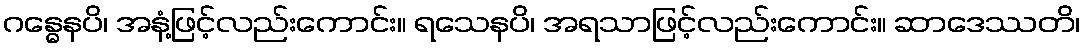
ဂန္ဓေနပိ၊ အနံ့ဖြင့်လည်းကောင်း။ ရသေနပိ၊ အရသာဖြင့်လည်းကောင်း။ ဆာဒေဿတိ၊